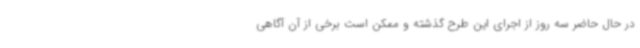
در حال حاضر سه روز از اجرای این طرح گذشته و ممکن است برخی از آن آگاهی